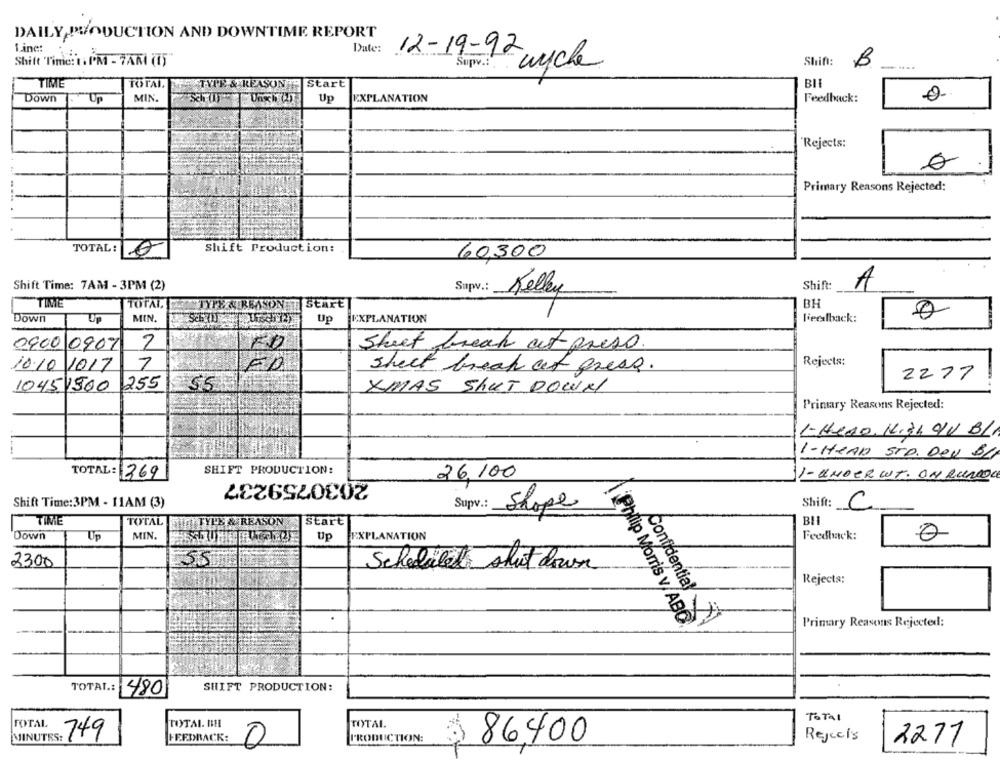
DAILY PRODUCTION AND DOWNTIME REPORT
Line:
Date:
Shift:
Shift Time: 1. PM - 7AR (15"
Supv .:
12-19-92 wyche
TIME
TOTAL.
STYPE & REASON - Start
BIL
Down
1. Up
MIN.
Up
EXPLANATION
Feedback:
'Rejects:
0
Primary Reasons Rejected:
TOTAL:
Shift Production:
60,300
Shift Time: 7AM - 3PM (2)
Supv .:
Shift:
A
Kelley
TIME
TOTAL
TYPE & REASON T Start
BH
Down
Up
MIN.
Up
EXPLANATION
feelback:
0
0900 0902
2
Sheet break out press.
7
Rejects:
10.10 1017
sheet break at press.
2277
10451500
255
55
XIMAS Shut DOWN
Primary Reasons Rejected:
- Hero, K.31 AV BLI
1- HEAD STD. DeU BLI
SHIFT PRODUCTION:
TOTAL: 369
2030759237
26,100
1- UNDERWT. ON RUNDE
Shift:
Shift Time:3PM - 11AM (3)
Supv .: Shope
C
TIME
TOTAL
SHIFT TYPS & REASON
Start
BE
Down
Up
MIN.
Up
EXPLANATION
Feedback:
0
2300
55
Scheduled shut down
Rejects:
Confidential
.
Primary Reasons Rejected:
Philip Morris v/ABC
TOTAL:
480
SHIFT PRODUCTION:
TOTAL
TOTAL. HIHI
TOTAL
Total
MINUTES:
749
FEEDBACK:
PRODUCTION:
Rejects
0
86,400
2271